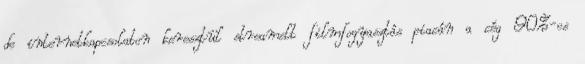
de internetkapcsolaton keresztül streamelt filmfogyasztás piacán a cég 90%-os